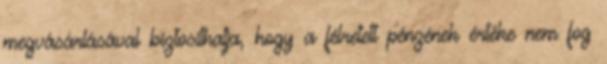
megvásárlásával biztosíthatja, hogy a félretett pénzének értéke nem fog